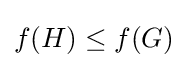
f(H)\leq f(G)